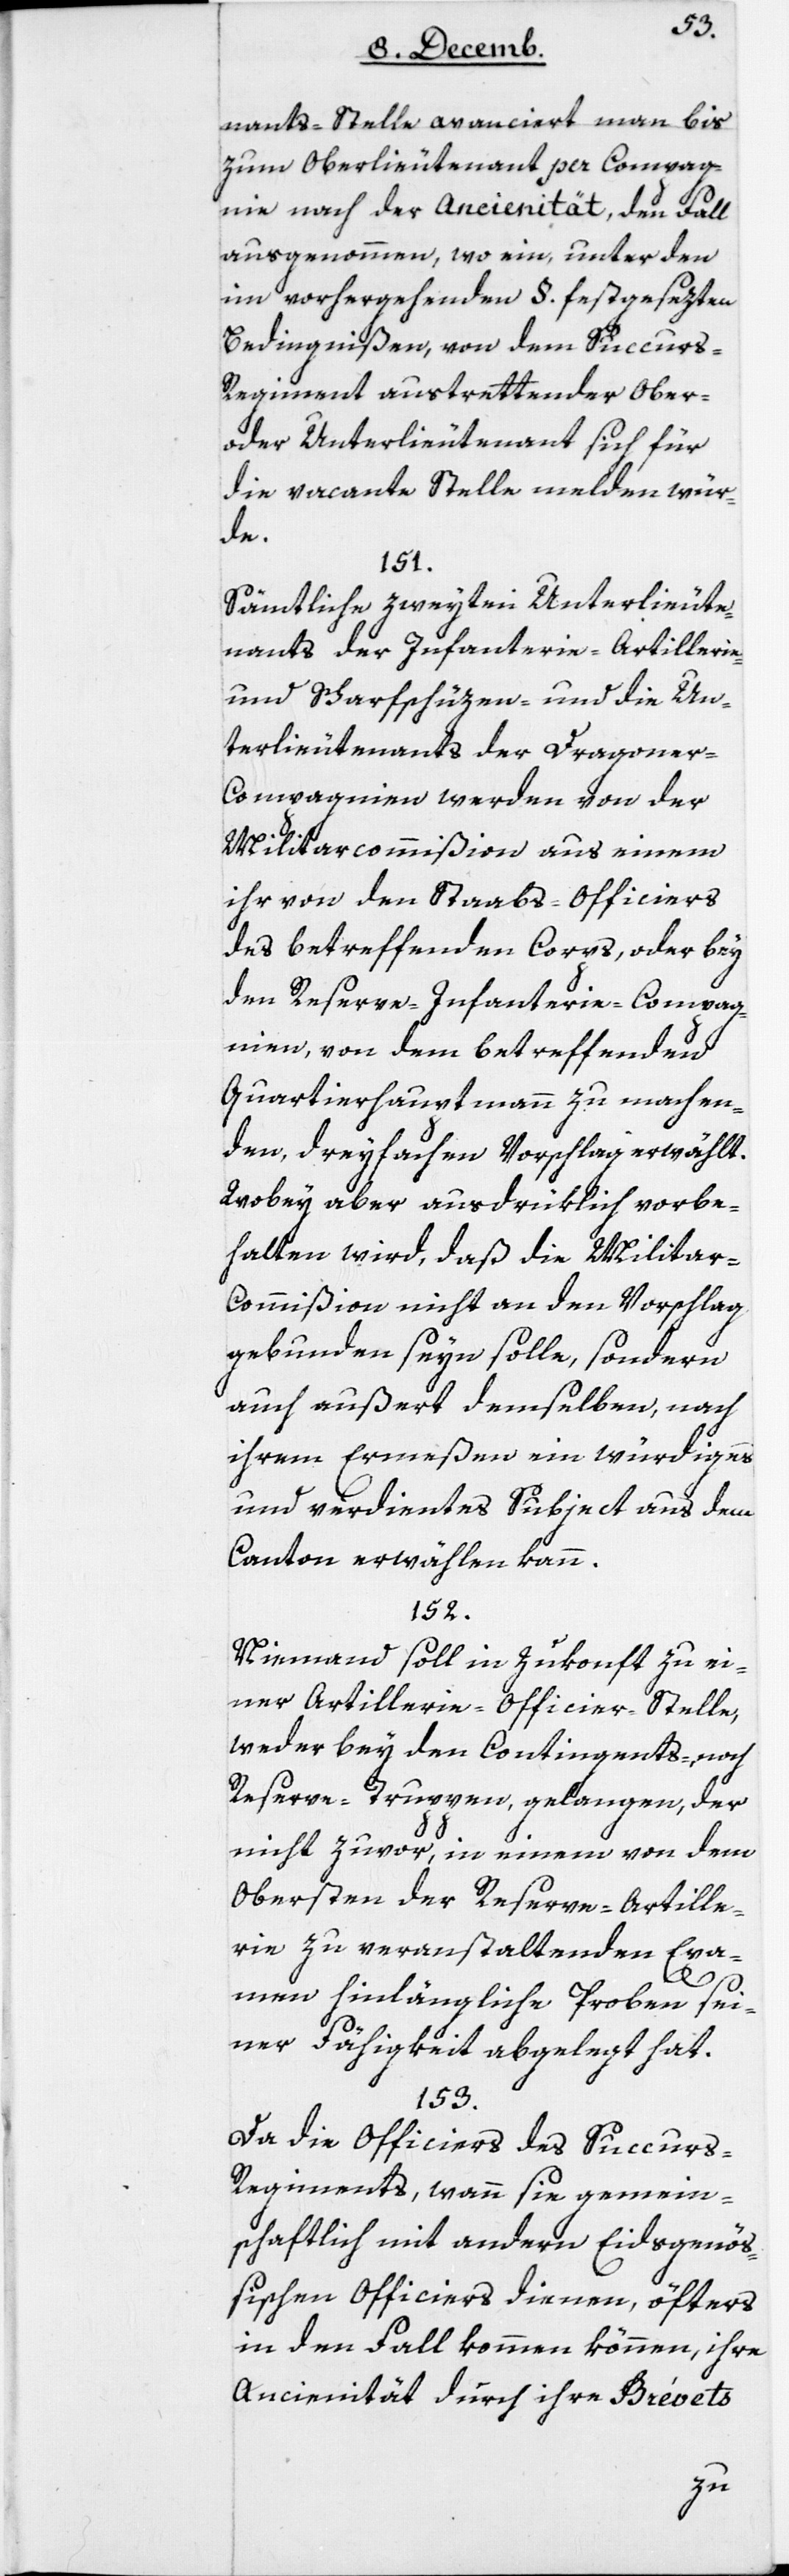
nants-Stelle avanciert man bis
zum Oberlieutenant per Compag¬
nie nach der Ancienität, den Fall
ausgenommen, wo ein, unter den
im vorhergehenden § festgesezten
Bedingnißen, von dem Succur¬
s-Regiment austrettender Ober-
oder Unterlieutenant sich für
die vacante Stelle melden wür¬
de.
151.
Sämtliche zweyten Unterlieute¬
nants der Infanterie-, Artillerie-
und Scharfschüzen- und die Un¬
terlieutenants der Dragoner-C¬
ompagnien werden von der
Militarcommißion aus einem
ihr von den Staabs-Officiers
des betreffenden Corps, oder bey
den Reserve-Infanterie-Compag¬
nien, von dem betreffenden
Quartierhauptmann zu machen¬
den, dreyfachen Vorschlag erwählt.
Wobey aber ausdrüklich vorbe¬
halten wird, daß die Militar¬
commißion nicht an den Vorschlag
gebunden seyn solle, sondern
auch außert demselben, nach
ihrem Ermeßen ein würdiges
und verdientes Subject aus dem
Canton erwählen kann.
152.
Niemand soll in Zukonft zu ei¬
ner Artillerie-Officier-Stelle,
weder bey den Contingents-, noch
Reserve-Truppen gelangen, der
nicht zuvor in einem von dem
Obersten der Reserve-Artille¬
rie zu veranstaltenden Exa¬
men hinlängliche Proben sei¬
ner Fähigkeit abgelegt hat.
153.
Da die Officiers des Succur¬
s-Regiments, wann die gemein¬
schaftlich mit andern Eidsgenöß¬
ischen Officiers dienen, öfters
in den Fall kommen können, ihre
Ancienität durch ihre Brévets